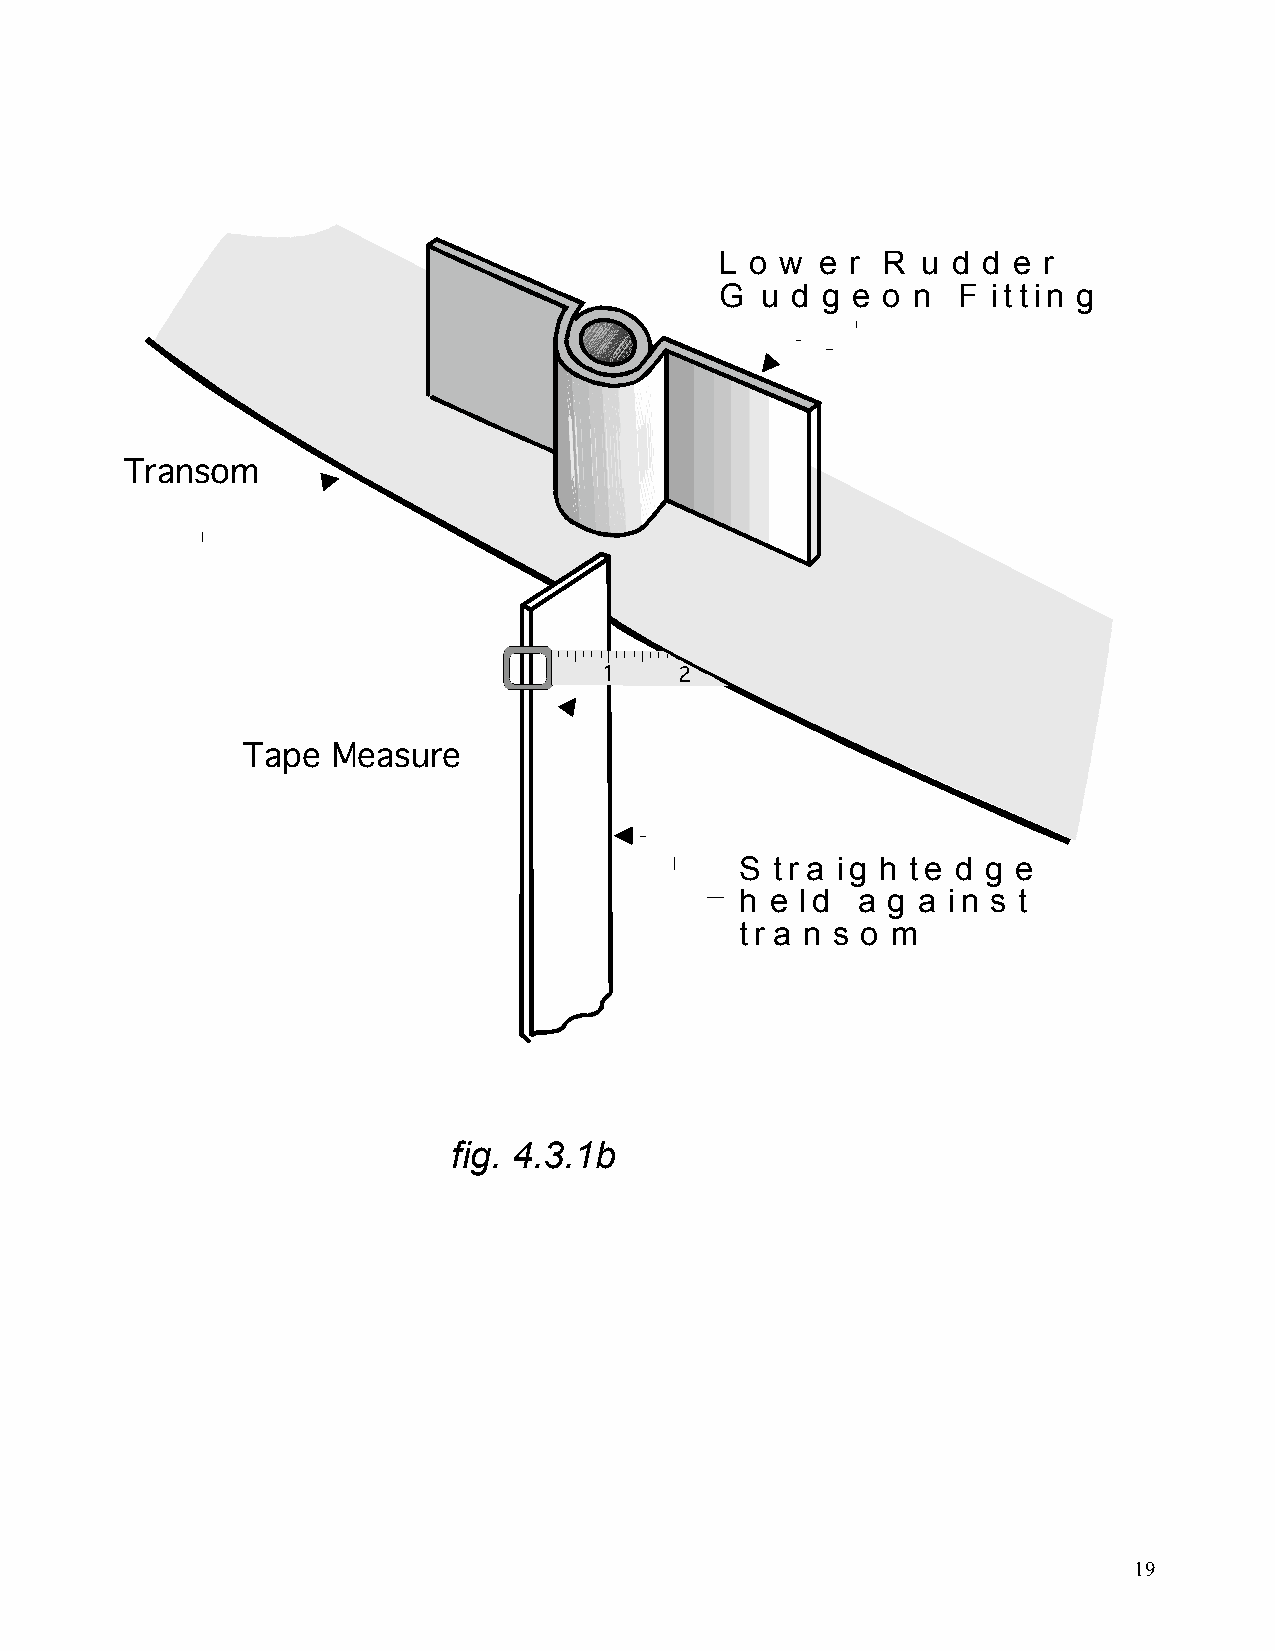
L o w e r R  u d d e r
 G u d g e o n  F  ittin g
 Transom
 1    2
 Tape  Measure
 S tr a ig h te d g e
 h e ld  a g a in s t
 tr a n s o m
 fig. 4.3.1b
 fig.  3.3.1b
 19